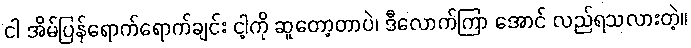
ငါ အိမ်ပြန်ရောက်ရောက်ချင်း ငါ့ကို ဆူတော့တာပဲ၊ ဒီလောက်ကြာ အောင် လည်ရသလားတဲ့။